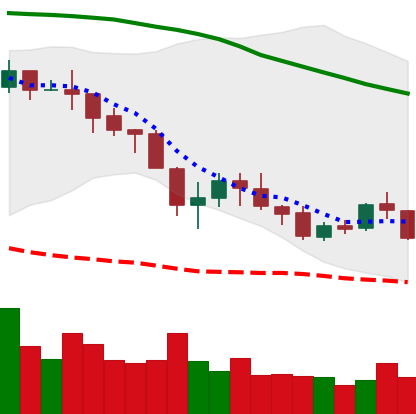
Ticker: NEO-USD
Chart end date: 2018-05-22
Forward return: -7.753%
Label: down_7plus